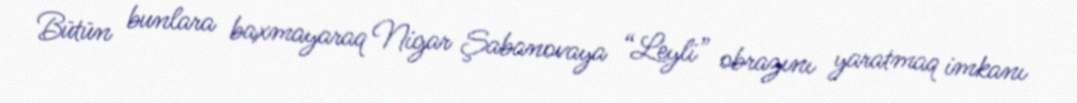
Bütün bunlara baxmayaraq Nigar Şabanovaya “Leyli” obrazını yaratmaq imkanı